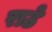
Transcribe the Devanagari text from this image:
राठे